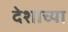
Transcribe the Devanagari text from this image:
देशाच्‍या